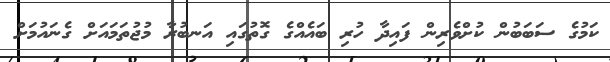
ކަމުގެ ސަބަބުން ކުށްވެރިން ފައިދާ ހުރި ބައެއްގެ ގޮތުގައި އަނބުރާ މުޖުތަމައަށް ގެނައުމަށް